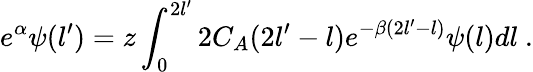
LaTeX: e^{\alpha}\psi(l^{\prime})=z\int_{0}^{2l^{\prime}}2C_{A}(2l^{\prime}-l)e^{-\beta(2l^{\prime}-l)}\psi(l)dl\ .